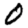
Digit: 0